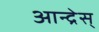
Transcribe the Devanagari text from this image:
आन्द्रेस्